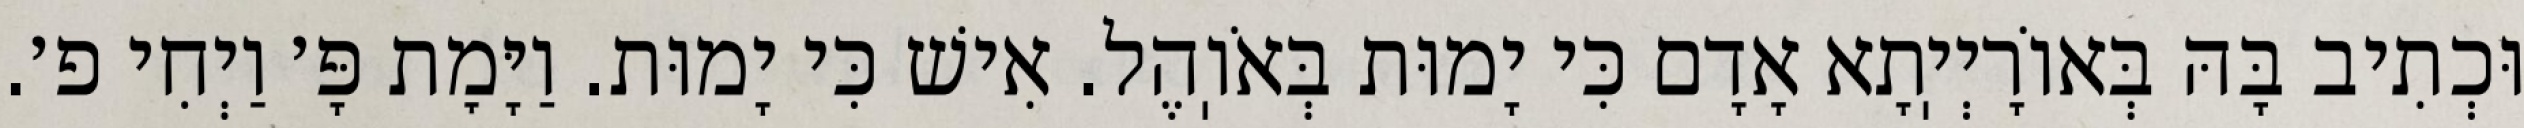
וּכְתִיב בָּהּ בְּאוֹרָיְיֽתָא אָדָם כִּי יָמוּת בְּאֹוֽהֶל. אִישׁ כִּי יָמוּת. וַיָּמׇת פָּ׳ וַיְחִי פ׳.